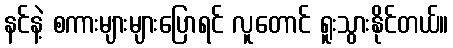
နင်နဲ့ စကားများများပြောရင် လူတောင် ရူးသွားနိုင်တယ်။